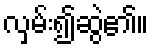
လှမ်း၍ဆွဲ၏။